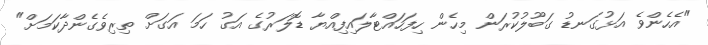
"އެހެންވެ އަޅުގަނޑު ގަބޫލުކުރަން މިހެން ހިފަހައްޓާލައިފިއްޔާ ޑޮލަރުގެ އަގު ހަމަ އަގަށް ތިރިވެގެންދާކަމަށް"